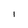
Character: I